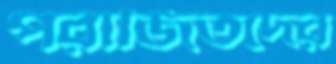
পরাজিতদের